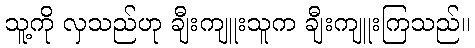
သူ့ကို လှသည်ဟု ချီးကျူးသူက ချီးကျူးကြသည်။